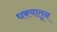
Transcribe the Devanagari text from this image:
धक्यातून